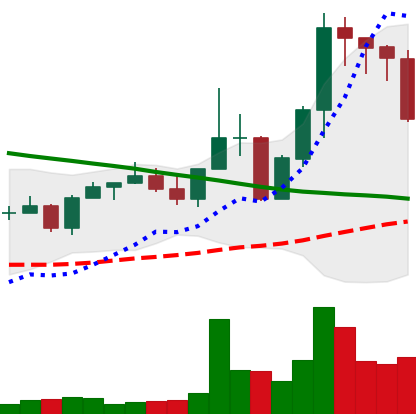
Ticker: EOS-USD
Chart end date: 2022-08-26
Forward return: -10.88%
Label: down_7plus